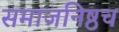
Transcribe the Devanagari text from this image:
समाजनिष्ठच